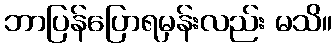
ဘာပြန်ပြောရမှန်းလည်း မသိ။